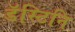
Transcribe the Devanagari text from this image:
डॅस्टिनि